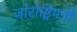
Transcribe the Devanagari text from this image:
जोरोष्ट्रियनों